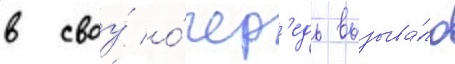
в своу́ о́чер'едь вызыва́ло